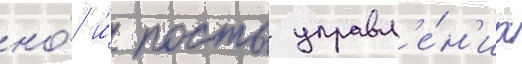
но́ и́ посты управл'е́н'иа